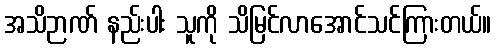
အသိဉာဏ် နည်းပါး သူကို သိမြင်လာအောင်သင်ကြားတယ်။